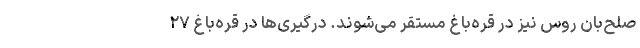
صلح‌بان روس نیز در قره‌باغ مستقر می‌شوند. درگیری‌ها در قره‌باغ ۲۷